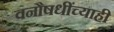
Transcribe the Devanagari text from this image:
वनौषधींच्याही